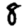
Digit: 8